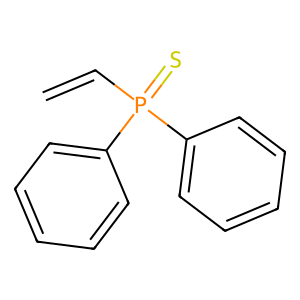
SMILES: C=CP(=S)(c1ccccc1)c1ccccc1
Inhibits HIV replication: No